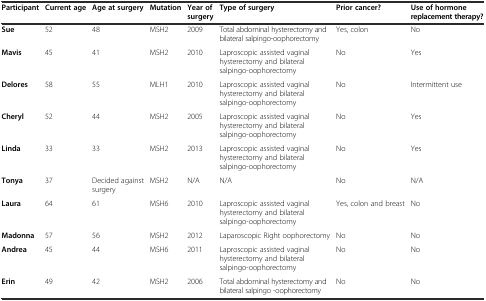
| Participant | Current age | Age at surgery | Mutation | Year of surgery | Type of surgery | Prior cancer? | Use of hormone replacement therapy? |
 | --- | --- | --- | --- | --- | --- | --- | --- |
 | Sue | 52 | 48 | MSH2 | 2009 | Total abdominal hysterectomy and bilateral salpingo-oophorectomy | Yes, colon | No |
 | Mavis | 45 | 41 | MSH2 | 2010 | Laproscopic assisted vaginal hysterectomy and bilateral salpingo-oophorectomy | No | Yes |
 | Delores | 58 | 55 | MLH1 | 2010 | Laproscopic assisted vaginal hysterectomy and bilateral salpingo-oophorectomy | No | Intermittent use |
 | Cheryl | 52 | 44 | MSH2 | 2005 | Laproscopic assisted vaginal hysterectomy and bilateral salpingo-oophorectomy | No | Yes |
 | Linda | 33 | 33 | MSH2 | 2013 | Laproscopic assisted vaginal hysterectomy and bilateral salpingo-oophorectomy | No | Yes |
 | Tonya | 37 | Decided against surgery | MSH2 | N/A | N/A | No | N/A |
 | Laura | 64 | 61 | MSH6 | 2010 | Laproscopic assisted vaginal hysterectomy and bilateral salpingo-oophorectomy | Yes, colon and breast | No |
 | Madonna | 57 | 56 | MSH2 | 2012 | Laparoscopic Right oophorectomy | No | No |
 | Andrea | 45 | 44 | MSH6 | 2011 | Laproscopic assisted vaginal hysterectomy and bilateral salpingo-oophorectomy | No | No |
 | Erin | 49 | 42 | MSH2 | 2006 | Total abdominal hysterectomy and bilateral salpingo -oophorectomy | No | No |